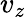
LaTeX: v_{z}